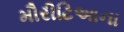
મૌરીટિઆના